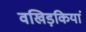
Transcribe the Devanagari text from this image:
वखिड़कियां